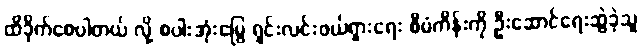
ထိခိုက်စေပါတယ် လို့ စပါးအုံးမြွေ ရှင်းလင်းဖယ်ရှားရေး စီမံကိန်းကို ဦးဆောင်ရေးဆွဲခဲ့သူ